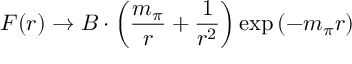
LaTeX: F ( r ) \rightarrow B \cdot \left( \frac { m _ { \pi } } { r } + \frac { 1 } { r ^ { 2 } } \right) \exp \left( - m _ { \pi } r \right)